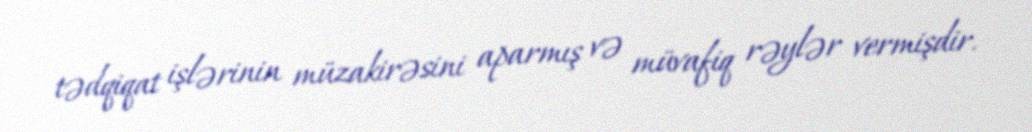
tədqiqat işlərinin müzakirəsini aparmış və müvafiq rəylər vermişdir.